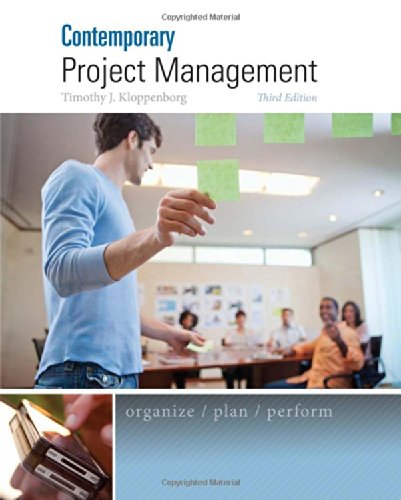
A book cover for Contemporary Project Management; Timothy Kloppenborg; Science & Math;